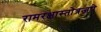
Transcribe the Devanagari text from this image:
रामरक्षास्तोत्रजपे